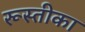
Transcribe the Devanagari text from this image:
रूस्तीका